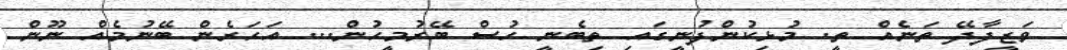
ވަޒީފާދޭ ތަނެއް ތީ. މުޅިކުންފުނީގައި ތިބެނީ ހުސް ބޭރުމީހުން... އަހަރެން ބޭނުމެއް ނޫން